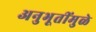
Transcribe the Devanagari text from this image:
अनुभूतींमुळे